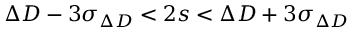
\Delta D - 3 \sigma _ { \Delta D } < 2 s < \Delta D + 3 \sigma _ { \Delta D }